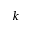
\boldsymbol { k }